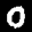
Label: 0